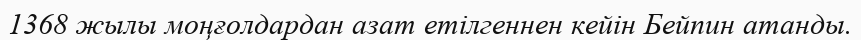
1368 жылы моңғолдардан азат етілгеннен кейін Бейпин атанды.